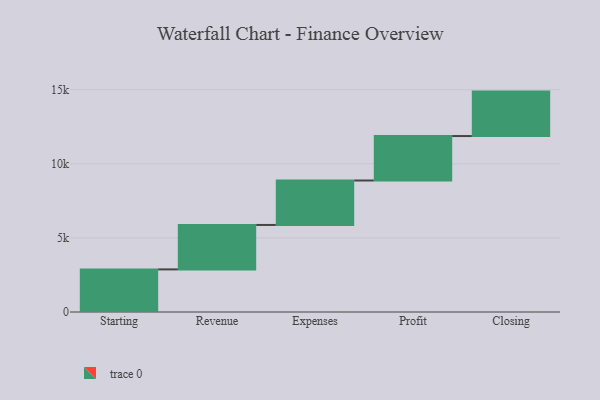
{"axis": {"x": "Step", "y": "Value"}, "legend": [""], "data": [{"x": "Starting", "y": 2875.0, "type": ""}, {"x": "Revenue", "y": 3000, "type": ""}, {"x": "Expenses", "y": 3000, "type": ""}, {"x": "Profit", "y": 3000, "type": ""}, {"x": "Closing", "y": 3000, "type": ""}]}